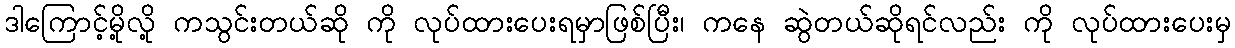
ဒါကြောင့်မို့လို့ ကသွင်းတယ်ဆို ကို လုပ်ထားပေးရမှာဖြစ်ပြီး၊ ကနေ ဆွဲတယ်ဆိုရင်လည်း ကို လုပ်ထားပေးမှ